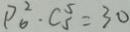
P _ { 6 } ^ { 2 } \cdot C _ { 5 } ^ { 5 } = 3 0